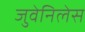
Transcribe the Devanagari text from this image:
जुवेनिलेस